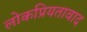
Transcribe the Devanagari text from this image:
लोकप्रियतावाद